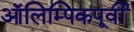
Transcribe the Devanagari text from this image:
ऑलिम्पिकपूर्वी